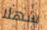
سهلا